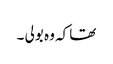
تھا کہ وہ بولی ۔